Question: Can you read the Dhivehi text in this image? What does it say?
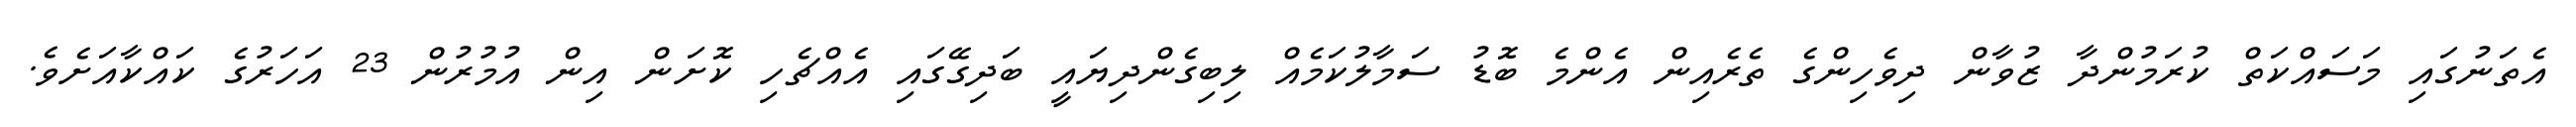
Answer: އެތަނުގައި މަސައްކަތް ކުރަމުންދާ ޒުވާން ދިވެހިންގެ ތެރެއިން އެންމެ ބޮޑު ސަމާލުކަމެއް ލިބިގެންދިޔައީ ބަދިގޭގައި އެއްޗެހި ކޮށަން އިން އުމުރުން 23 އަހަރުގެ ކައްކާއަށެވެ.